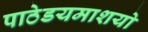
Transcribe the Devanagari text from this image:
पाठेडयमाशयो